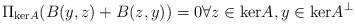
\begin{align*} \Pi_{\mathrm{ker}A} (B(y,z) + B(z,y)) = 0 \forall z \in \mathrm{ker}A, y \in \mathrm{ker}A^\perp\end{align*}